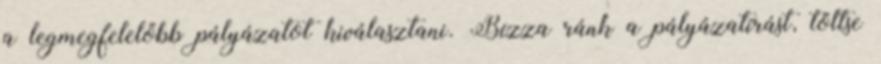
a legmegfelelőbb pályázatot kiválasztani. Bízza ránk a pályázatírást, töltse